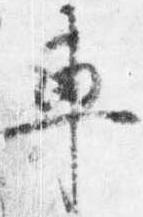
車